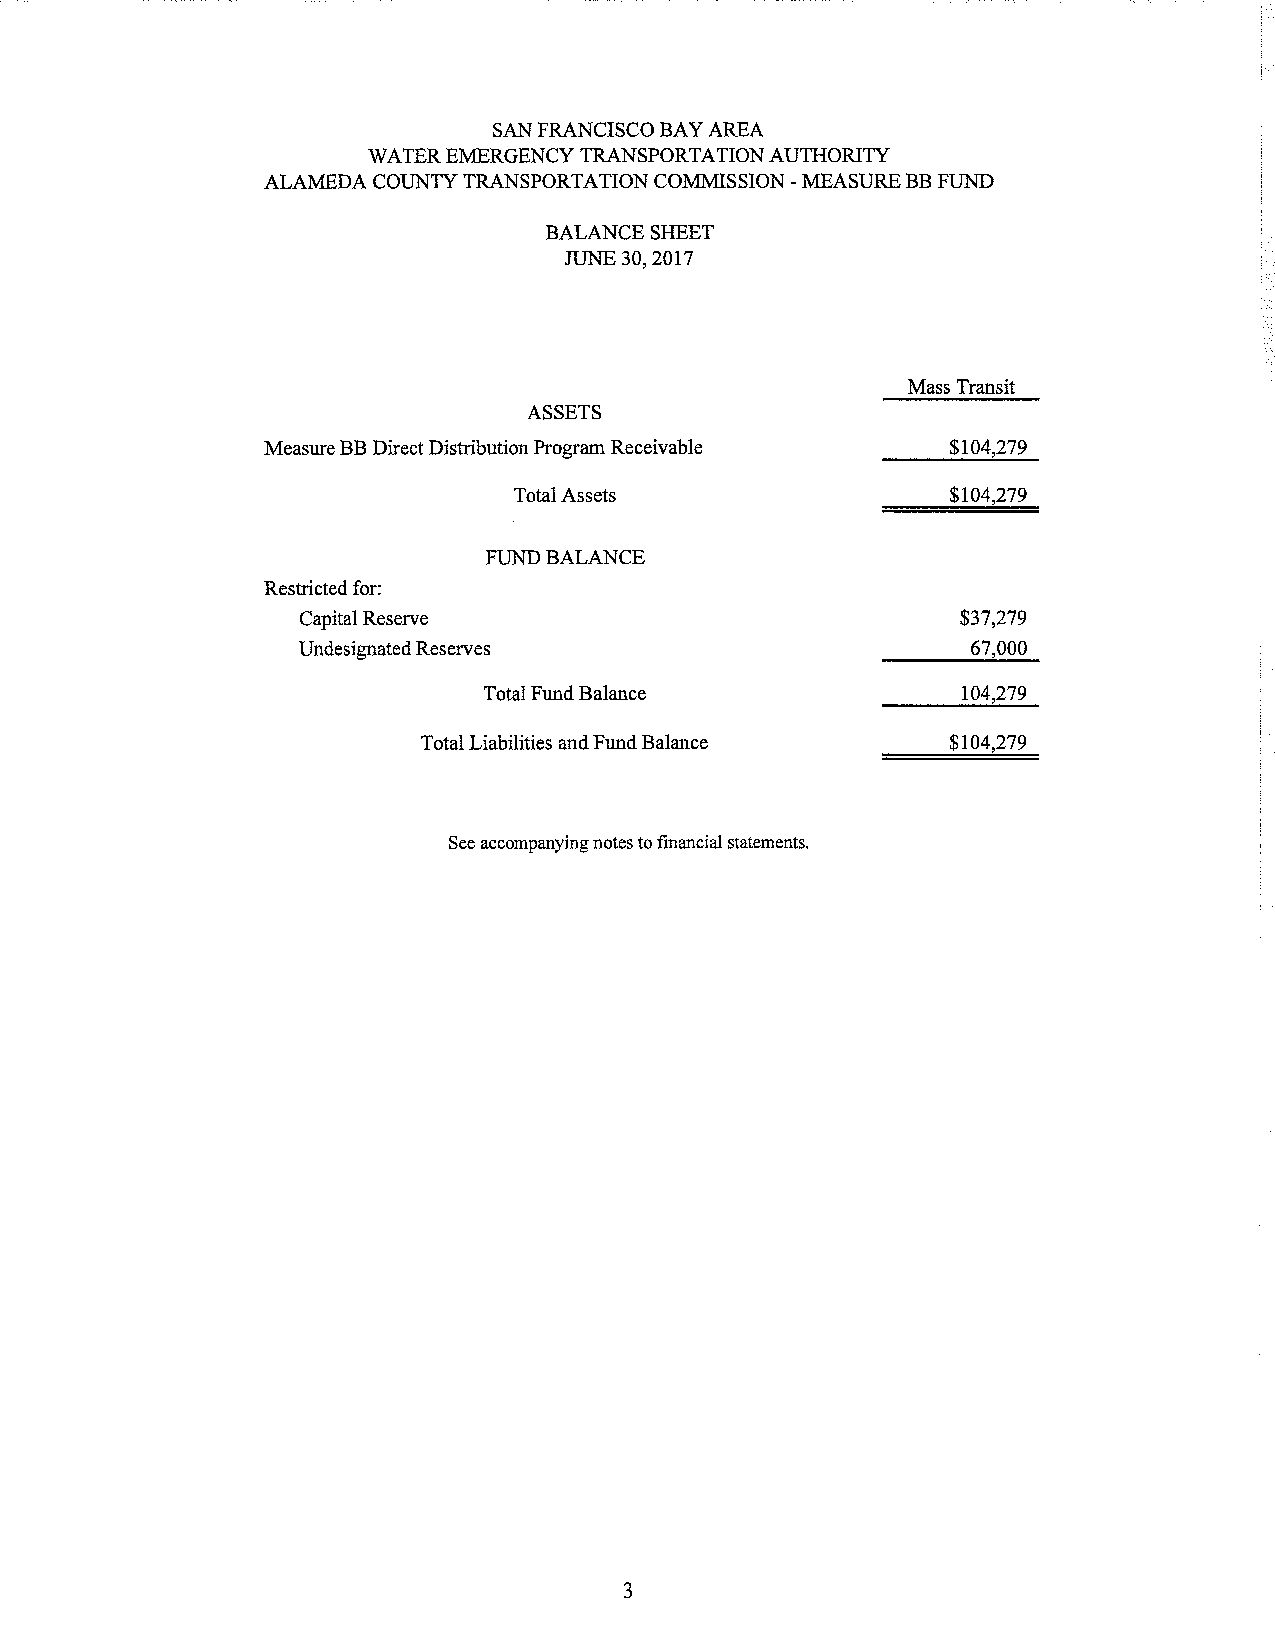
SAN FRANCISCO BAY AREA
 WATER EMERGENCY TRANSPORTATION AUTHORITY
 ALAMEDA COUNTY TRANSPORTATION COMMISSION -MEASURE BB FUND
 BALANCE SHEET
 JUNE 30, 2017
 Mass Transit
 ASSETS
 Measure BB Direct Distribution Program Receivable $104,279
 Total Assets                 $104,279
 FUND BALANCE
 Restricted for:
 Capital Reserve                             $37,279
 Undesignated Reserves                       67,000
 Total Fund Balance              104,279
 Total Liabilities and Fund Balance $104,279
 See accompanying notes to financial statements.
 3